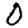
Digit: 0